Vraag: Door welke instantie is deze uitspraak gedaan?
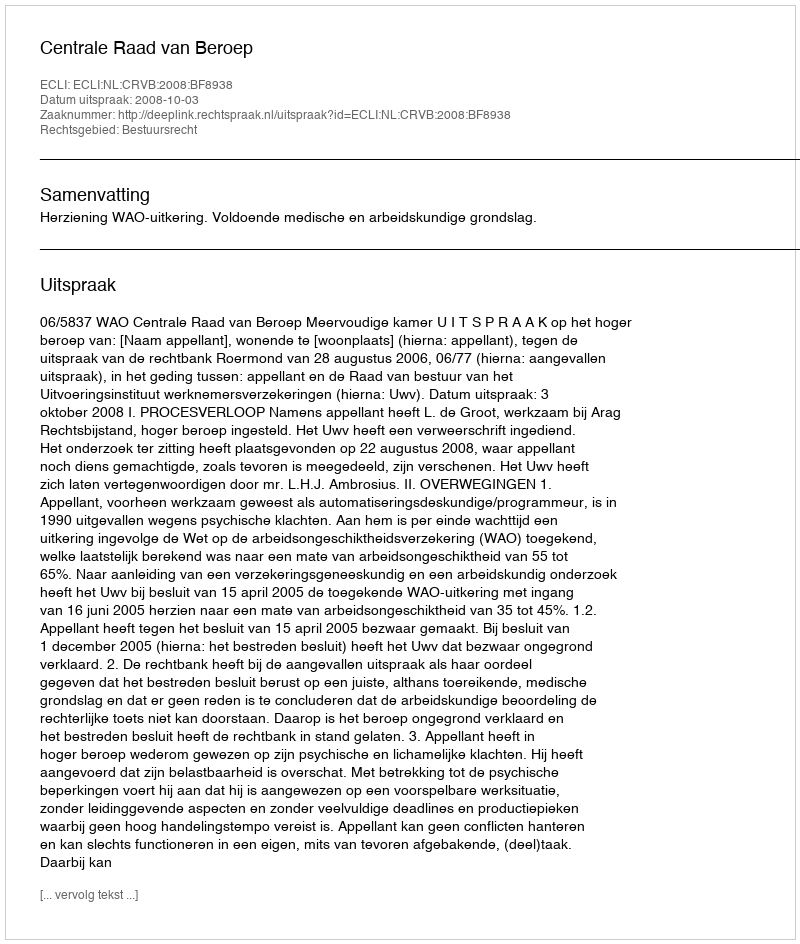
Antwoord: Centrale Raad van Beroep